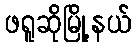
ဖရူဆိုမြို့နယ်